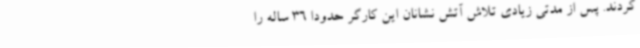
کردند. پس از مدتی زیادی تلاش آتش نشانان این کارگر حدودا 36 ساله را